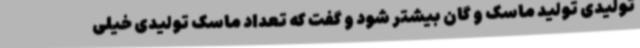
تولیدی تولید ماسک و گان بیشتر شود و گفت که تعداد ماسک تولیدی خیلی